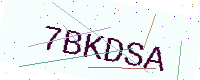
Text: 7BKDSA